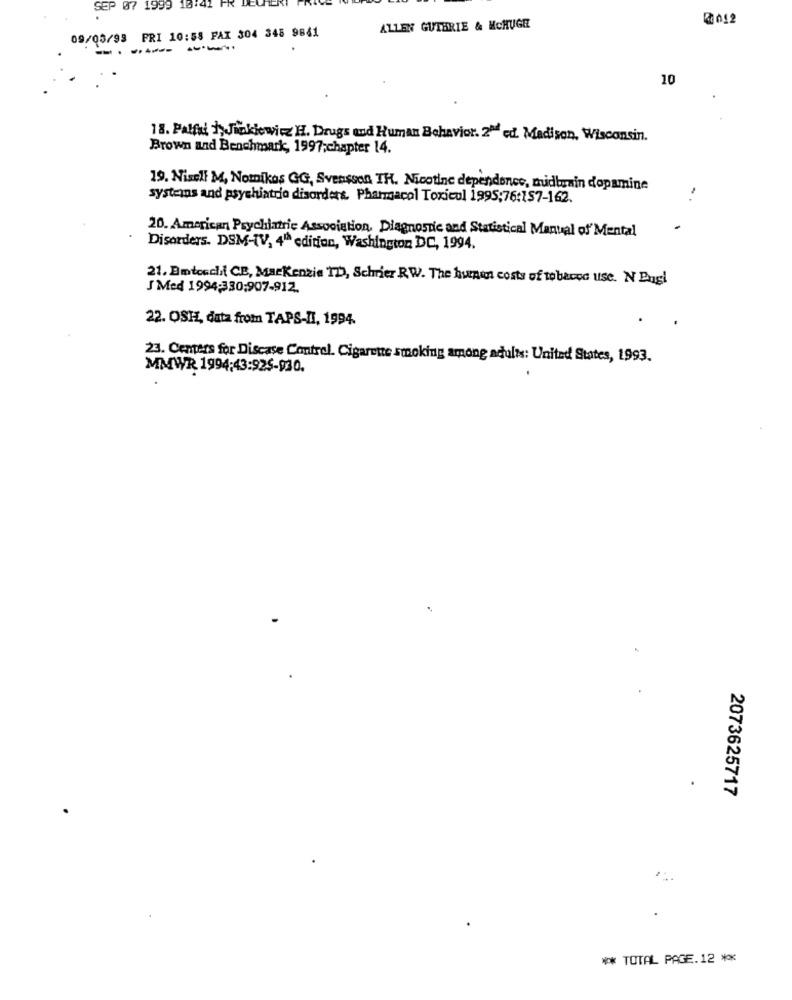
SEP 07 1999 18:41 FR
2012
09/03/93 FRI 10:58 FAX 304 345 9841
ALLEN GUTHRIE & MCHUGE
------
10
18. Palfal +, Jinkiewicz H. Drugs and Human Behavior. 2ª ed. Madison, Wisconsin.
Brown and Benchmark, 1997;chapter 14.
19. Niseli M, Nomikos GG, Svensson TH. Nicotine dependence, mudburnin dopamine
systans and psychiatrio disorders. Pharmacol Toxicul 1995;76:157-162.
..
20. American Psychiatric Association, Diagnostic and Statistical Manual of Mental
Disorders. DSM-[V, 4" edition, Washington DC, 1994.
21. Bmtocchi{ CB, Mackenzie TD, Schrier RW. The human costs of to beone use. N Engl
J Med 1994:330:907-912.
22. OSH, data from TAPS-II, 1994.
23. Centers for Disease Control. Cigarette smoking among adults: United States, 1993.
MMWR 1994:43:925-930.
2073625717
** TOTAL PAGE.12 **